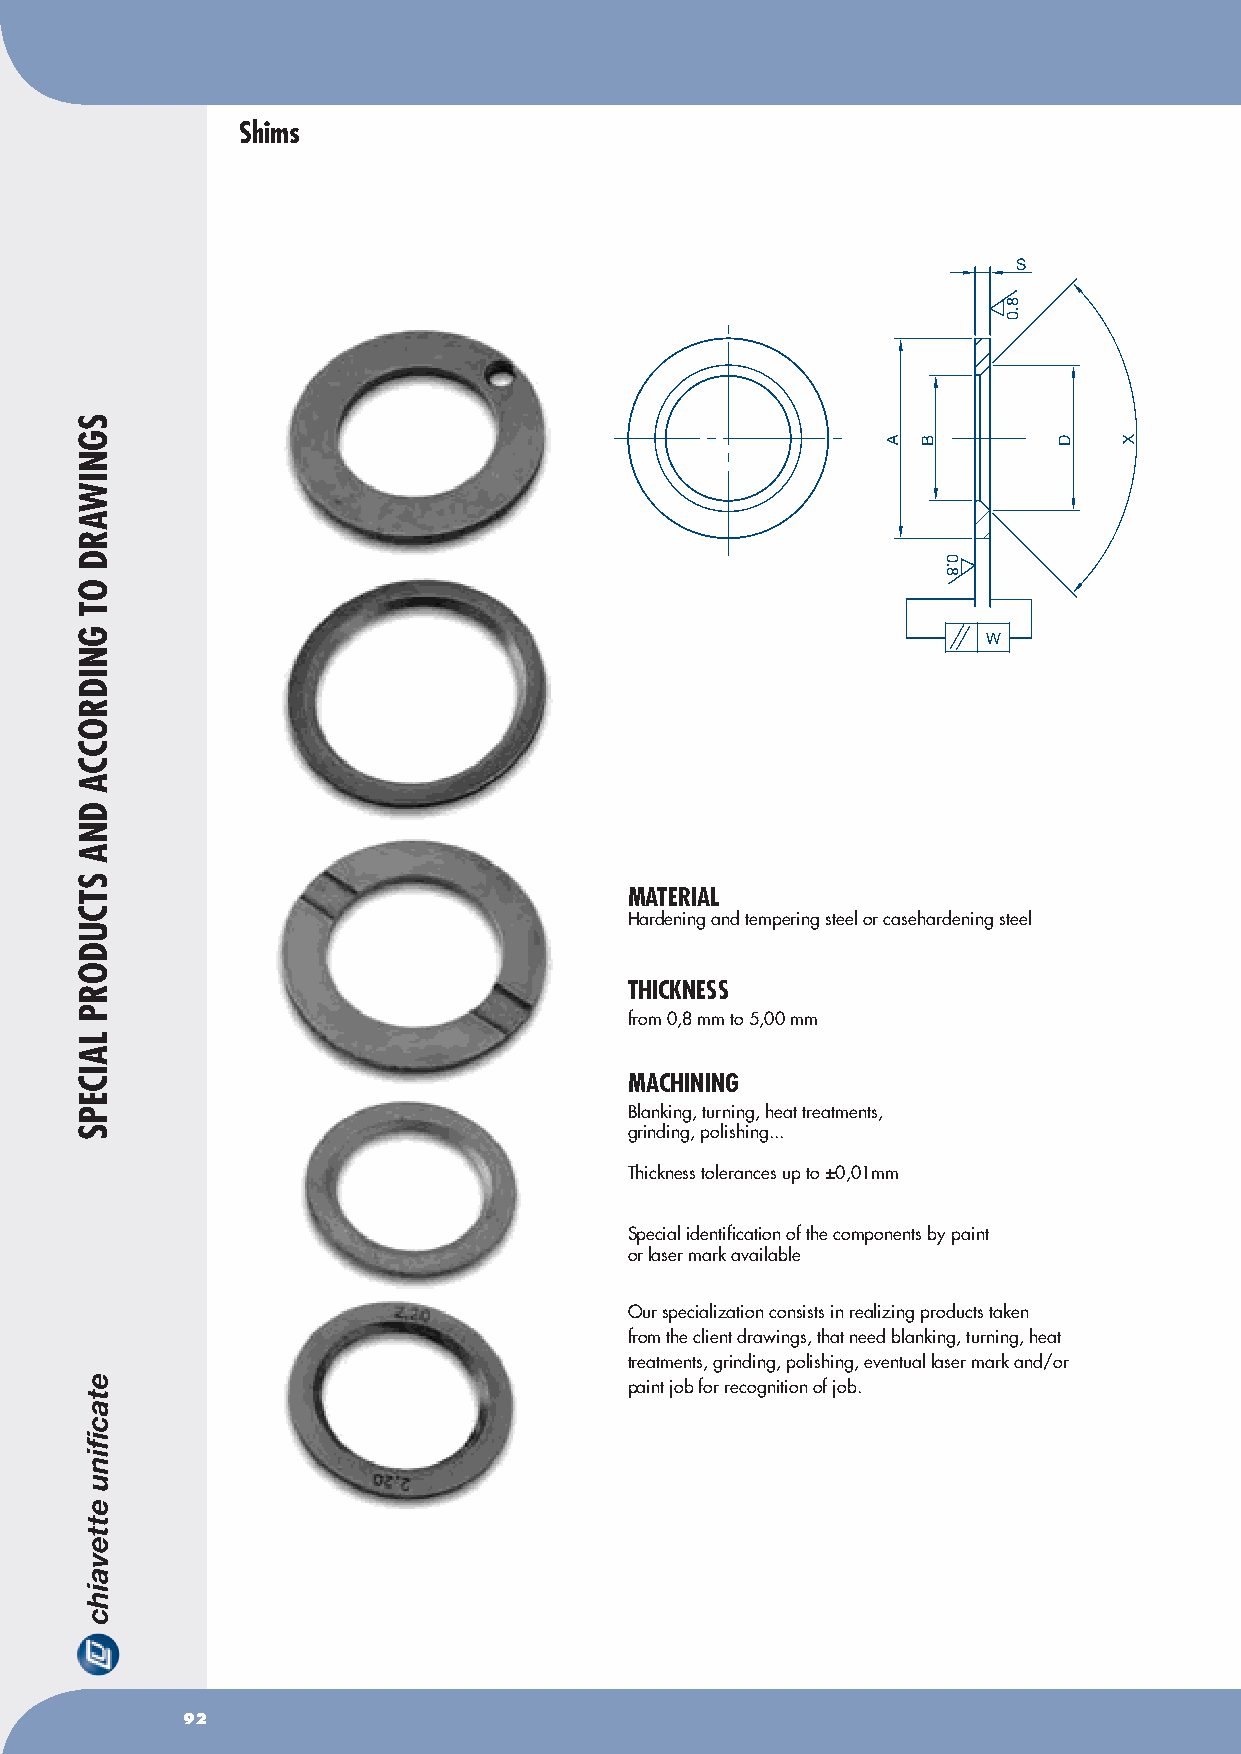
Shims
 S
 W
 MATERIAL
 Hardening and tempering steel or casehardening steel
 ThICKNESS
 from 0,8 mm to 5,00 mm
 MAChINING
 Blanking, turning, heat treatments,
 grinding, polishing...
 Thickness tolerances up to ±0,01mm
 Special identification of the components by paint
 or laser mark available
 Our specialization consists in realizing products taken
 from the client drawings, that need blanking, turning, heat
 treatments, grinding, polishing, eventual laser mark and/or
 paint job for recognition of job.
 92
 SGNIWARD
 OT
 GNIDROCCA
 DNA
 STCUDORP
 LAICEPS
 A B
 0.8
 8.0
 D   X